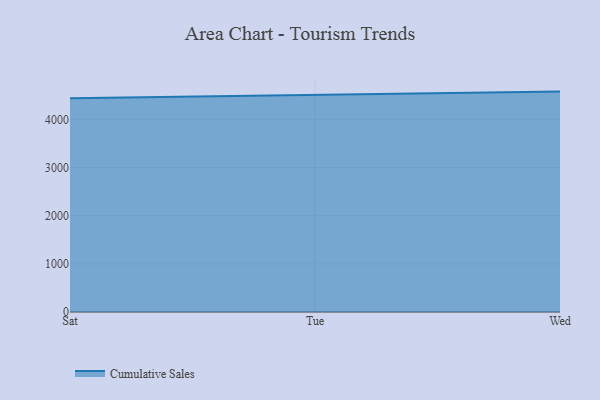
{"axis": {"x": "Day", "y": "Churn Rate (%)"}, "legend": ["Cumulative Sales"], "data": [{"x": "Sat", "y": 4439.7, "type": "Cumulative Sales"}, {"x": "Tue", "y": 4501.9, "type": "Cumulative Sales"}, {"x": "Wed", "y": 4576.2, "type": "Cumulative Sales"}]}